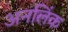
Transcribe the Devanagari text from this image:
अनलिंक